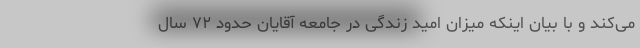
می‌کند و با بیان اینکه میزان امید زندگی در جامعه آقایان حدود ۷۲ سال